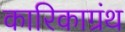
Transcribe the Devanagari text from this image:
कारिकाग्रंथ